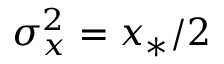
\sigma _ { x } ^ { 2 } = x _ { * } / 2